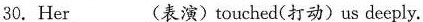
30.Her___(表演)touched(打动)us deeply.